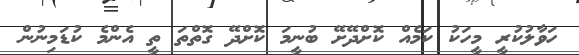
ހަވާލުކުރީ މީހަކު ކަމެއް ކޮށްދޭށޭ ބުނީމަ ކޮށްދޭ ގޮތްތަ ތީ އެންމެ ކުޑަމިނުން